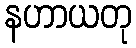
နဟာယတု